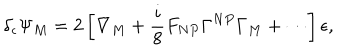
\delta _ { \epsilon } \Psi _ { M } = 2 \left[ \nabla _ { M } + \frac { i } { 8 } F _ { N P } \Gamma ^ { N P } \Gamma _ { M } + \cdots \right] \epsilon ,